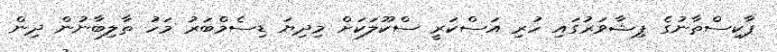
ޕާކިސްތާނުގެ ޕިޝާވަރުގައި ހުރި އަސްކަރީ ސްކޫލަކަށް މިދިޔަ ޑިސެމްބަރު މަހު ތާލިބާނުން ދިން